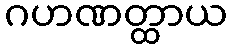
ဂဟဏတ္ထာယ